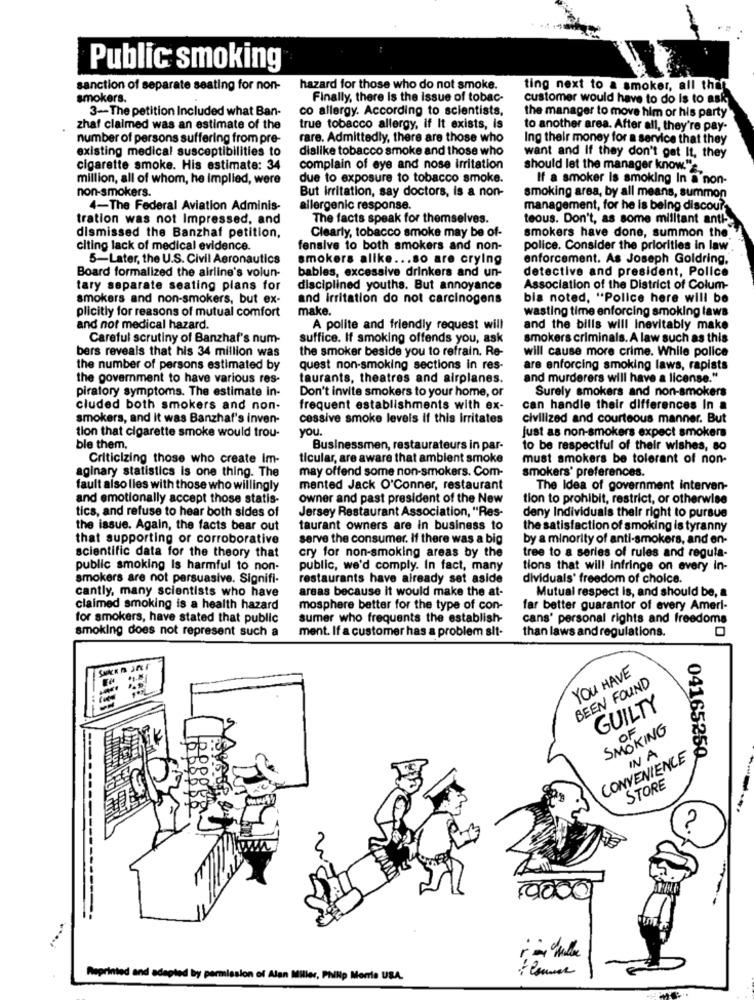
Public smoking
sanction of separate seating for non-
hazard for those who do not smoke.
ting next to a smoker, all that
smokers.
Finally, there is the issue of tobac-
customer would have to do Is to ask
3-The petition Included what Ban-
co allergy. According to scientists,
the manager to move him or his party
zhaf claimed was an estimate of the
true tobacco allergy, if It exists, Is
to another area. After all, they're pay-
number of persons suffering from pre-
rare. Admittedly, there are those who
Ing their money for a service that they
existing medical susceptibilities to
dislike tobacco smoke and those who
want and If they don't get It, they
cigarette smoke. His estimate: 34
complain of eye and nose irritation
should let the manager know.",
million, all of whom, he Implied, were
due to exposure to tobacco smoke.
If a smoker is smoking In a non-
non-smokers.
But irritation, say doctors, is a non-
smoking area, by all means, summon
4-The Federal Aviation Adminis-
allergenic response.
management, for he is being discours
tration was not Impressed, and
The facts speak for themselves.
teous. Don't, as some militant anti-
smokers have done, summon the
dismissed the Banzhaf petition,
Clearly, tobacco smoke may be of-
citing lack of medical evidence.
fensive to both smokers and non-
police. Consider the priorities in law
5-Later, the U.S. Civil Aeronautics
smokers alike ... so are crying
enforcement. As Joseph Goldring,
bables, excessive drinkers and un-
detective and president, Police
Board formalized the airline's volun-
tary separate seating plans for
disciplined youths. But annoyance
Association of the District of Colum-
smokers and non-smokers, but ex-
and irritation do not carcinogens
bla noted, "Police here will be
plicitly for reasons of mutual comfort
make.
wasting time enforcing smoking laws
and not medical hazard.
A polite and friendly request will
and the bills will Inevitably make
Careful scrutiny of Banzhaf's num-
suffice. If smoking offends you, ask
smokers criminals. A law such as this
bers reveals that his 34 million was
the smoker beside you to refrain. Re-
will cause more crime. While police
the number of persons estimated by
quest non-smoking sections in res-
are enforcing smoking laws, rapists
the government to have various res-
taurants, theatres and airplanes.
and murderers will have a license."
piratory symptoms. The estimate in-
Don't invite smokers to your home, or
Surely smokers and non-smokers
cluded both smokers and non-
frequent establishments with ex-
can handle their differences In a
smokers, and it was Banzhaf's inven-
cessive smoke levels if this irritates
civilized and courteous manner. But
you.
just as non-smokers expect smokers
tion that cigarette smoke would trou-
ble them.
Businessmen, restaurateurs in par-
to be respectful of their wishes, so
Criticizing those who create Im-
ticular, are aware that ambient smoke
must smokers be tolerant of non-
may offend some non-smokers. Com-
smokers' preferences.
aginary statistics is one thing. The
fault also lies with those who willingly
mented Jack O'Conner, restaurant
The Idea of government interven-
and emotionally accept those statis-
owner and past president of the New
tion to prohibit, restrict, or otherwise
tics, and refuse to hear both sides of
Jersey Restaurant Association, "Res-
deny Individuals their right to pursue
the issue. Again, the facts bear out
taurant owners are in business to
the satisfaction of smoking is tyranny
that supporting or corroborative
serve the consumer. If there was a big
by a minority of anti-smokers, and en-
scientific data for the theory that
cry for non-smoking areas by the
tree to a series of rules and regula-
public smoking Is harmful to non-
public, we'd comply. In fact, many
tions that will infringe on every in-
smokers are not persuasive. Signifi-
restaurants have already set aside
dividuals' freedom of choice.
cantly, many scientists who have
areas because it would make the at-
Mutual respect is, and should be, a
claimed smoking is a health hazard
mosphere better for the type of con-
far better guarantor of every Ameri-
for smokers, have stated that public
sumer who frequents the establish-
cans' personal rights and freedoms
smoking does not represent such a
ment. If a customer has a problem sit-
than laws and regulations.
YOU HAVE
BEEN FOUND
GUILTY
SMOKING
IN A
CONVENIENCE
04165250
STORE
Reprinted and adapted by permission of Alan Miller, Philip Morris UBA.